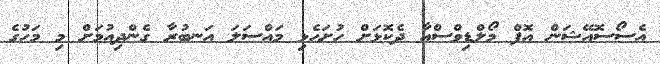
އެސޯސޮއޭޝަން އޮފް މޯލްޑިވްސްއާ ދެކޮޅަށް ހުށަހެޅި މައްސަލަ އަނބުރާ ގެންދިއުމަށް މި މަހުގެ